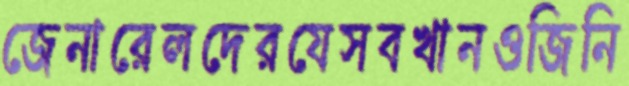
জেনারেলদেরযেসবখানওজিনি